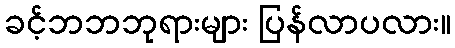
ခင့်ဘဘဘုရားများ ပြန်လာပလား။